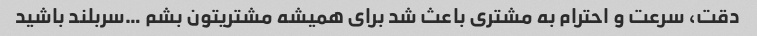
دقت، سرعت و احترام به مشتری باعث شد برای همیشه مشتریتون بشم …سربلند باشید